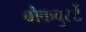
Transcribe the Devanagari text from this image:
बौकवुर्स्टे